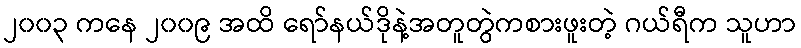
၂၀၀၃ ကနေ ၂၀၀၉ အထိ ရော်နယ်ဒိုနဲ့အတူတွဲကစားဖူးတဲ့ ဂယ်ရီက သူဟာ